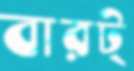
বারট্